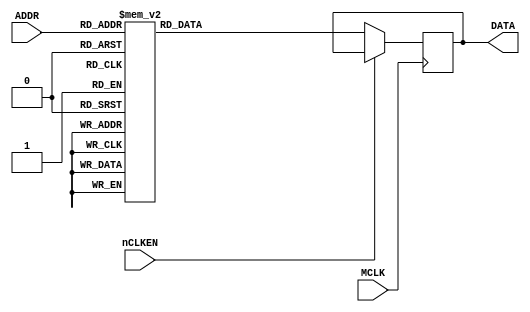
module FRACBCDROM
(
    input   wire            MCLK,
    input   wire            nCLKEN,
    input   wire    [3:0]   ADDR,
    output  reg     [15:0]  DATA
);

always @(posedge MCLK) //read 
begin   
    if(nCLKEN == 1'b0)
    begin
        case(ADDR)
            4'b0000: DATA <= 16'h0000;
            4'b0001: DATA <= 16'h0625;
            4'b0010: DATA <= 16'h1250;
            4'b0011: DATA <= 16'h1875;
            4'b0100: DATA <= 16'h2500;
            4'b0101: DATA <= 16'h3125;
            4'b0110: DATA <= 16'h3750;
            4'b0111: DATA <= 16'h4375;
            4'b1000: DATA <= 16'h5000;
            4'b1001: DATA <= 16'h5625;
            4'b1010: DATA <= 16'h6250;
            4'b1011: DATA <= 16'h6875;
            4'b1100: DATA <= 16'h7500;
            4'b1101: DATA <= 16'h8125;
            4'b1110: DATA <= 16'h8750;
            4'b1111: DATA <= 16'h9375;
        endcase
    end
end

endmodule